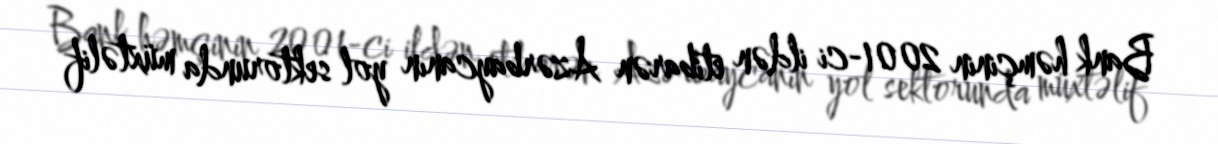
Bank həmçinin 2001-ci ildən etibarən Azərbaycanın yol sektorunda müxtəlif